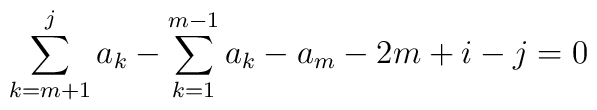
\sum_{k = m+1}^j a_k - \sum_{k = 1}^{m-1} a_k - a_m - 2m + i - j = 0